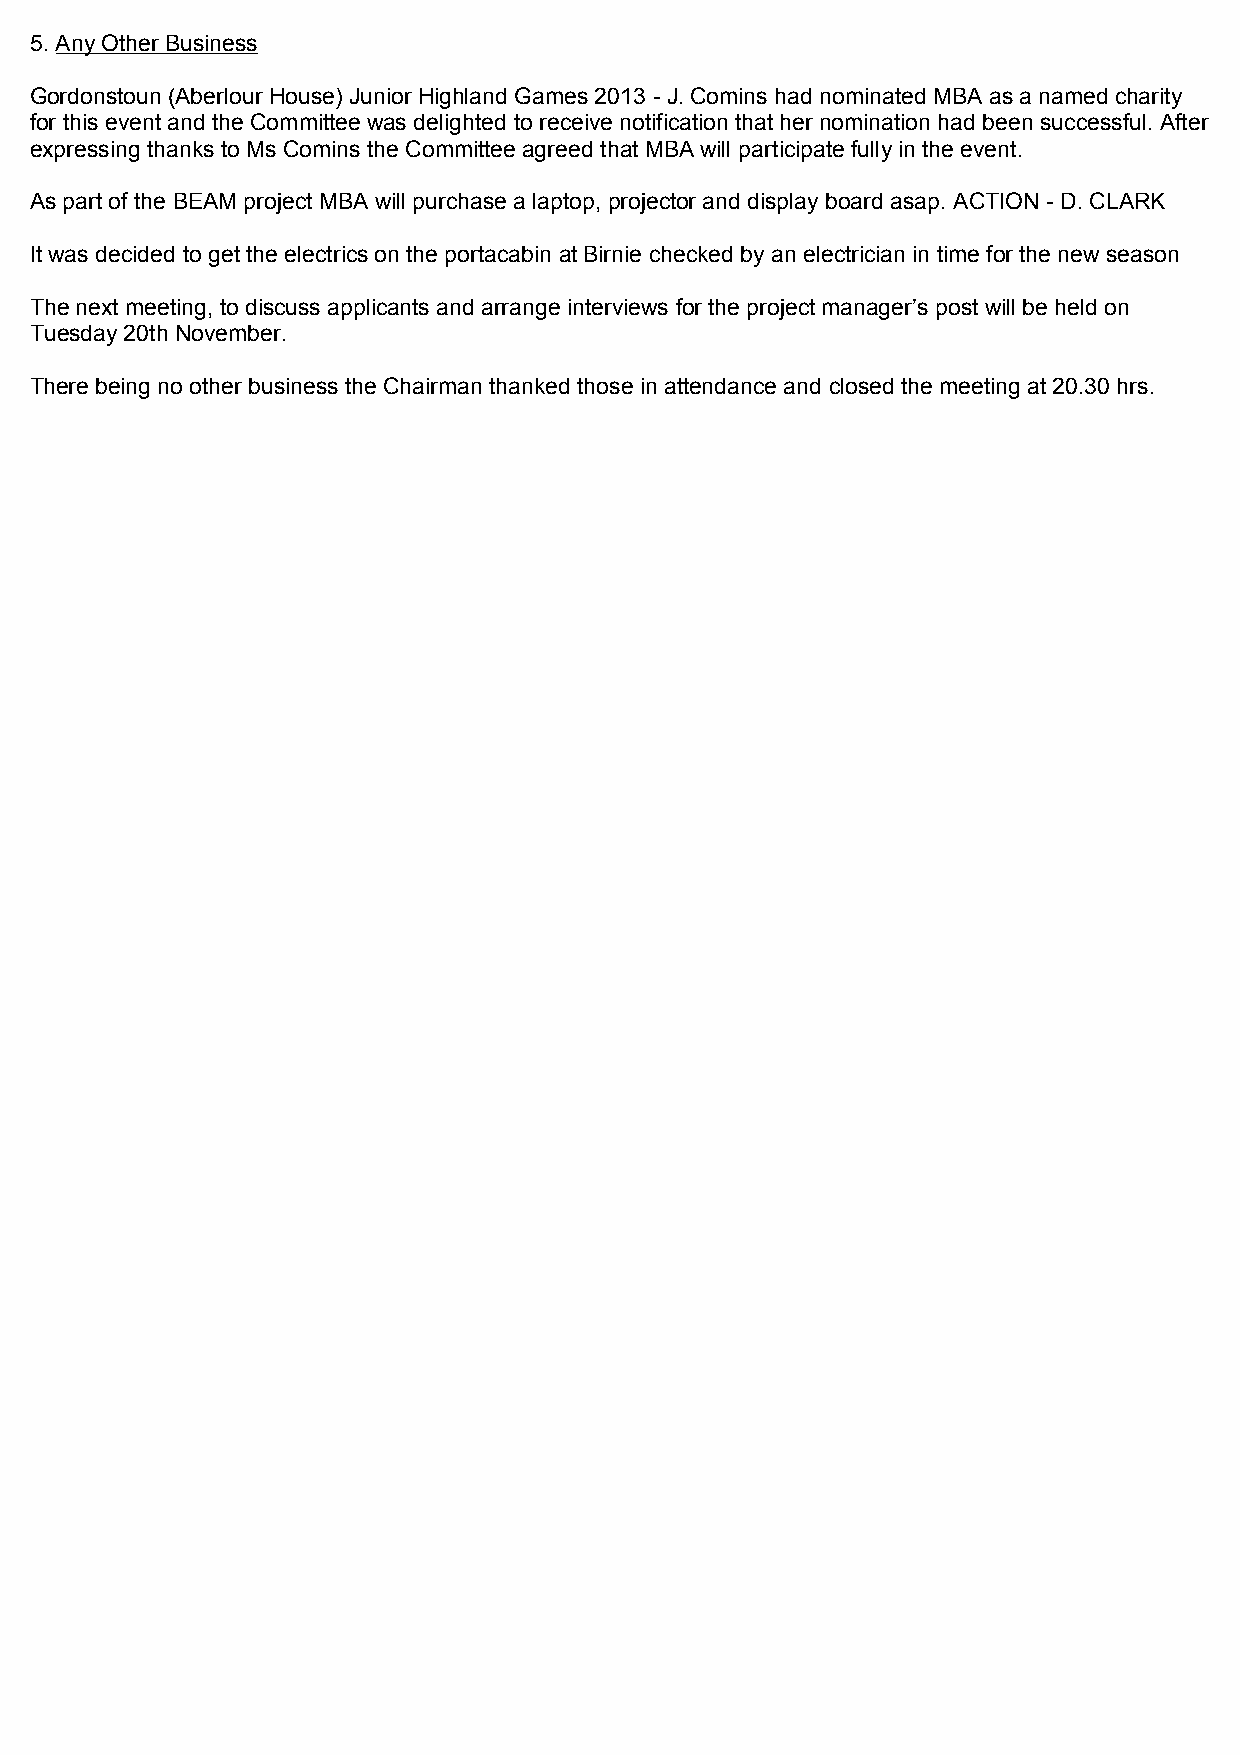
5. Any Other Business
 Gordonstoun (Aberlour House) Junior Highland Games 2013 - J. Comins had nominated MBA as a named charity
 for this event and the Committee was delighted to receive notification that her nomination had been successful. After
 expressing thanks to Ms Comins the Committee agreed that MBA will participate fully in the event.
 As part of the BEAM project MBA will purchase a laptop, projector and display board asap. ACTION - D. CLARK
 It was decided to get the electrics on the portacabin at Birnie checked by an electrician in time for the new season
 The next meeting, to discuss applicants and arrange interviews for the project manager’s post will be held on
 Tuesday 20th November.
 There being no other business the Chairman thanked those in attendance and closed the meeting at 20.30 hrs.